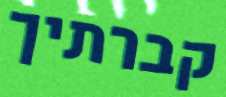
קברתיך